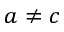
a \neq c